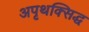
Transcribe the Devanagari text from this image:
अपृथक्सिद्ध